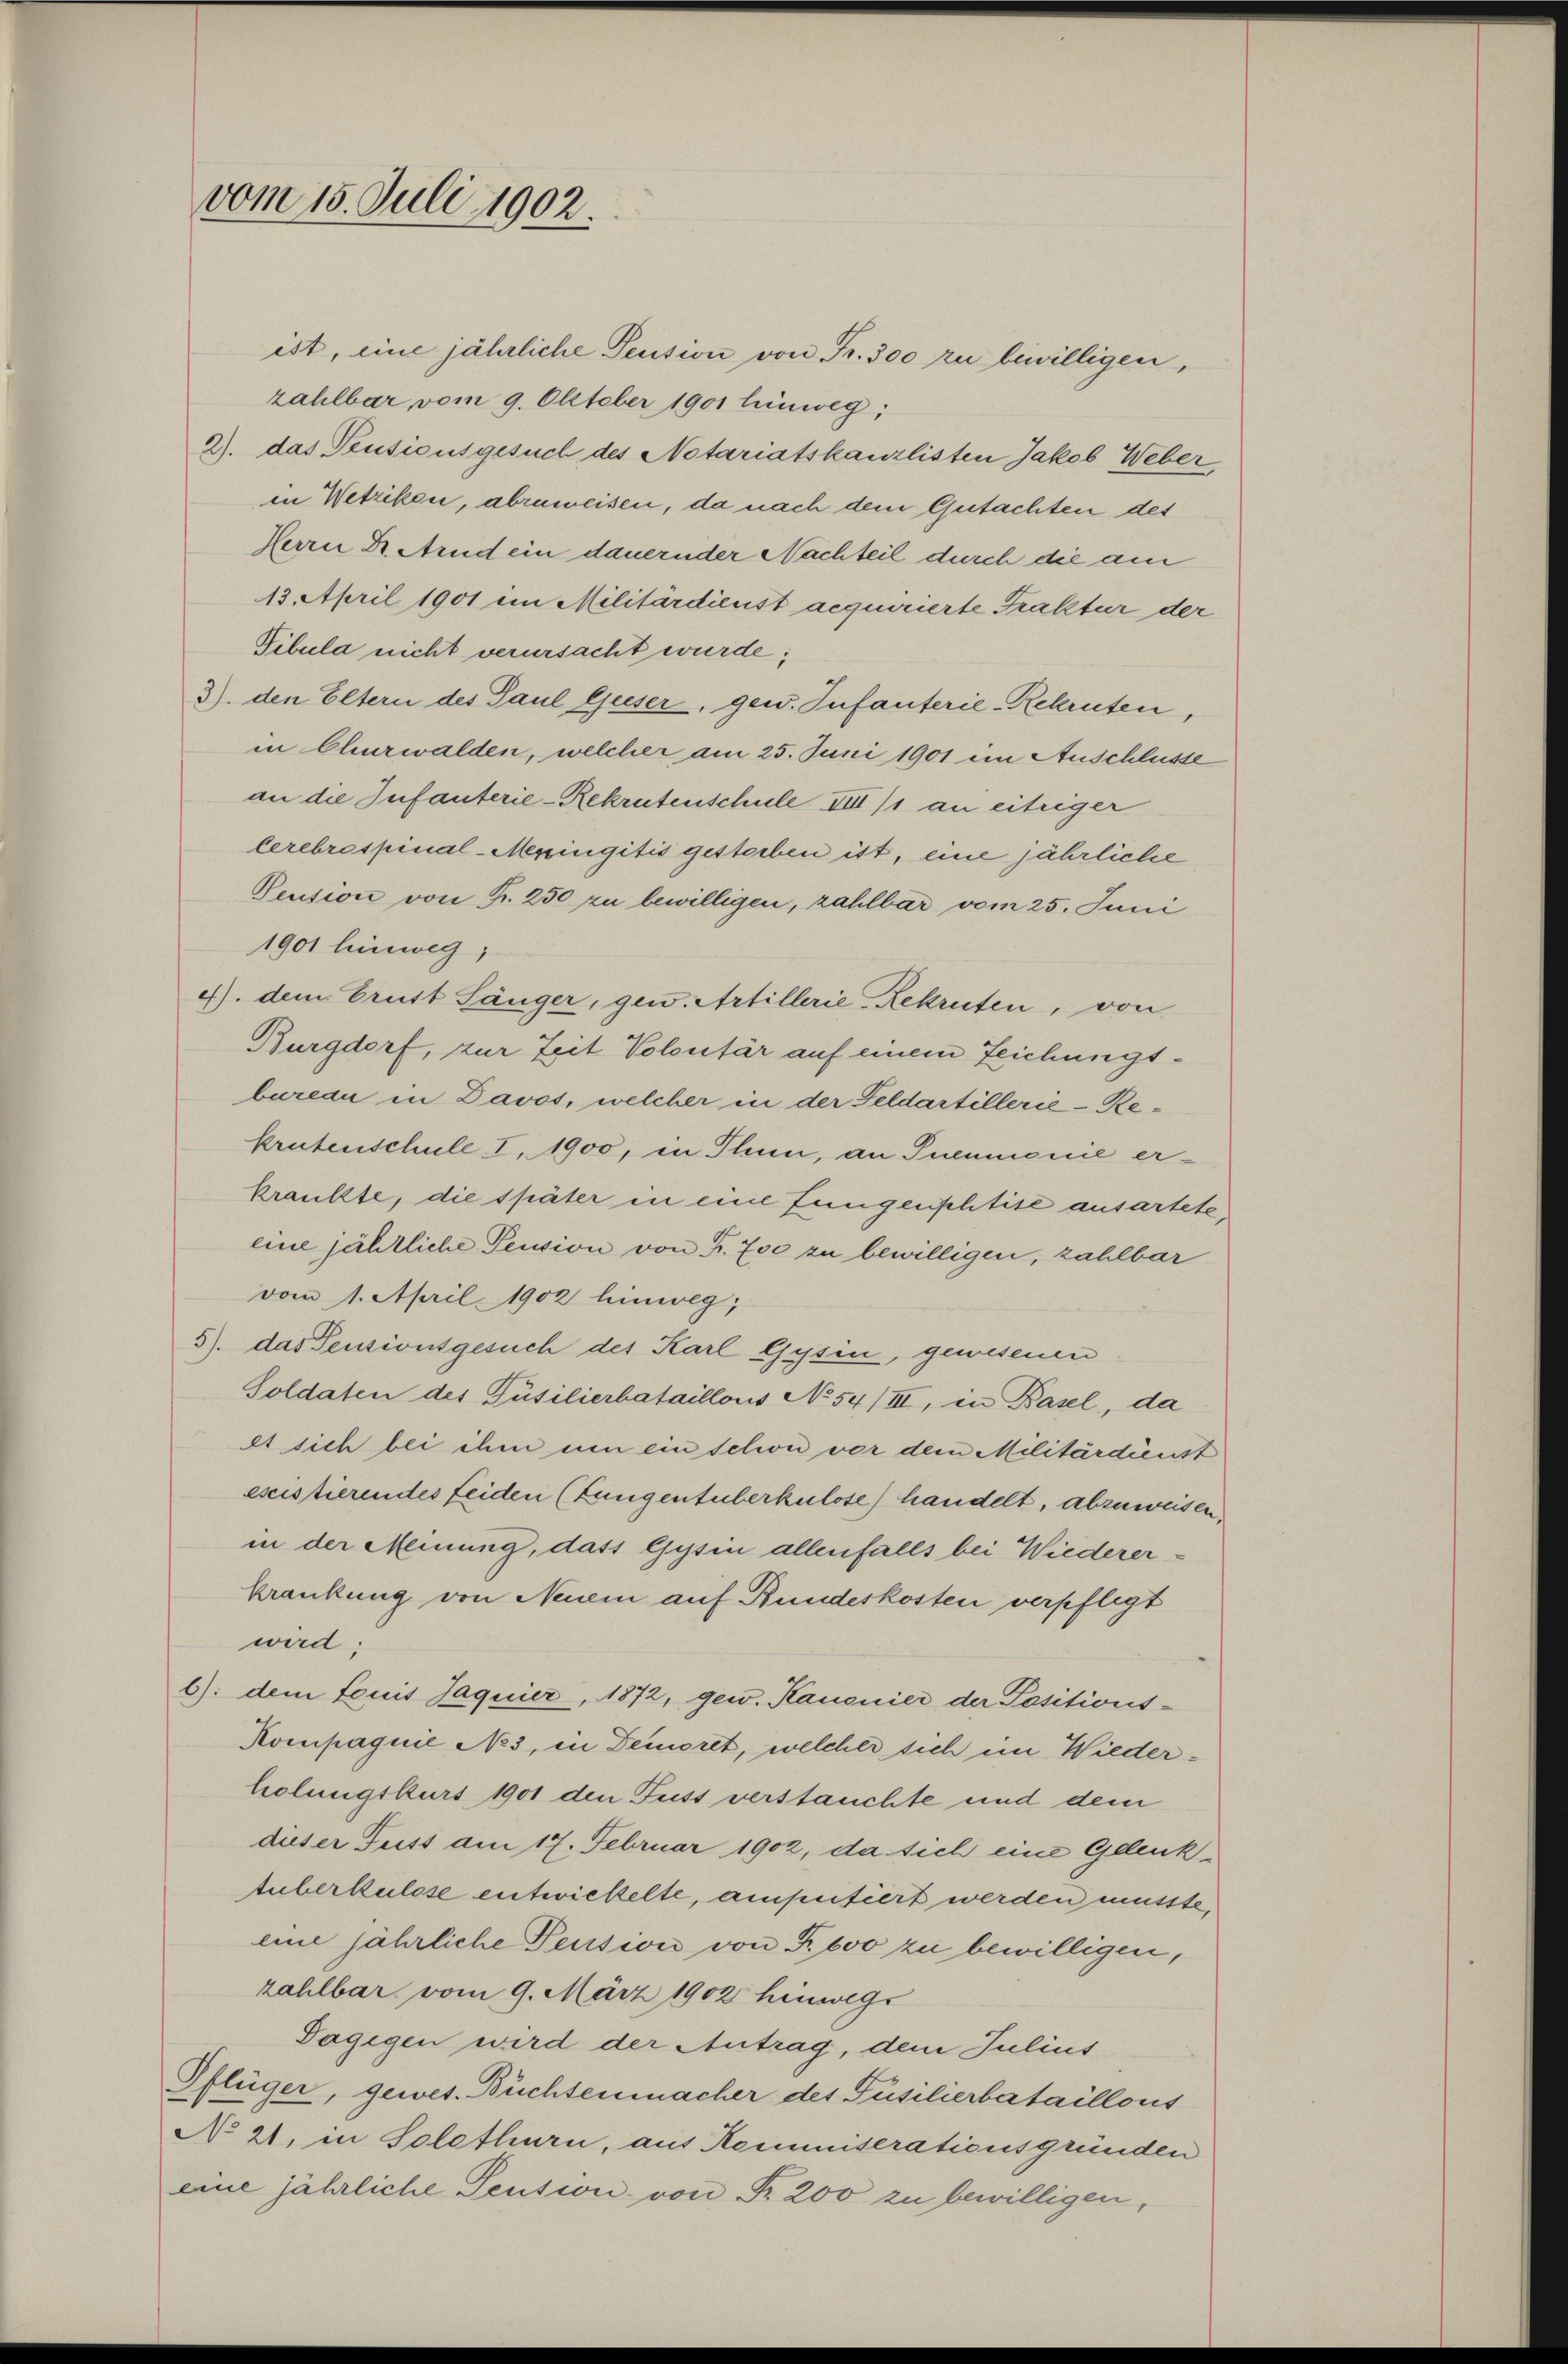
vom 15. Juli 1902.

ist, eine jährliche Pension von Fr. 300 zu bewilligen,
zahlbar vom 9. Oktober 1901 hinweg;
2). Das Pensionsgesuch des Notariatskanzlisten Jakob Weber
in Wetzikon, abzuweisen, da nach dem Gutachten des
Herrn Dr. Arnd ein dauernder Nachteil durch die am
13. April 1901 im Militärdienst aequirierte Traktur der
Tibula nicht verursacht wurde;
3) den Eltern des Paul Geeser, gew. Infanterie-Rekruten,
in Churwalden, welcher am 25. Juni 1901 im Anschlüsse
an die Infanterie-Rekrutenschule III /1 an eitriger
lerebrespinal-Meringitis gesterben ist, eine jährliche
Pension von Fr. 250 zu bewilligen, zahlbar vom 25. Juni
1901 hinweg,
4). dem Brust Länger, gew. Artillerie-Rekruten, von
Burgdorf, zur Zeit Volontär auf einem Zeichungsbureau in Davos, welcher in der Feldartillerie-Rekrutenschule I. 1900, in Thun, an Pneumonie erkrankte, die später in eine Zungenphtise ansartete,
eine jährliche Pension von Fr. 700 zu bewilligen, zahlbar
vom 1. April 1902 hinweg,
5). Das Pensionsgesuch des Karl Gysin, gewesenen
Soldaten des Püsilierbataillons No 54/III, in Basel, da
et sich bei ihm um ein schon vor dem Militärdienst
escistierendes Leiden (Fungentuberkulose) handelt, abzuweisen.
in der Meinung, dass Gysin allenfalls bei Wiedererkrankung von Neuem auf Rundeskosten verpflegt
wird.
6) dem Feuit Jaquier, 1872, gew. Kanonier der Positions-
Kompagnie No 3, in Demoret, welcher sich im Wiederholungskurs 1901 den Fuss verstauchte und dem
dieser Fuss am 17. Februar 1902, da sich eine Gelenk¬
Auberkulose entwickelte, amputiert werden müsste,
eine jährliche Pension von P. 600 zu bewilligen,
zahlbar vom 9. März 1902 hinwege
Tagigen wird der Antrag, dem Julius
Pflüger, gewes. Büchtenmacher des Füsilierbataillons
No 21. in Solothurn, aus Kommiserationsgründen
eine jährliche Sention von Fr. 200 zu bewilligen,